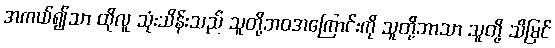
အကယ်၍သာ ထိုလူ သုံးသိန်းသည် သူတို့ဘဝအကြောင်းကို သူတို့ဘာသာ သူတို့ သိမြင်